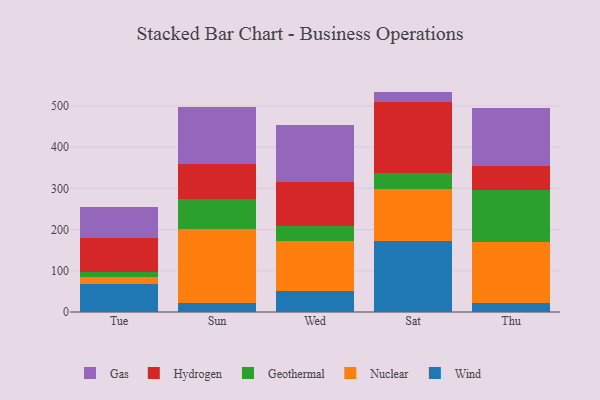
{"axis": {"x": "Day", "y": "Waste Production (Tons)"}, "legend": ["Gas", "Geothermal", "Hydrogen", "Nuclear", "Wind"], "data": [{"x": "Tue", "y": 68.8, "type": "Wind"}, {"x": "Tue", "y": 16.8, "type": "Nuclear"}, {"x": "Tue", "y": 12.4, "type": "Geothermal"}, {"x": "Tue", "y": 82.5, "type": "Hydrogen"}, {"x": "Tue", "y": 74.5, "type": "Gas"}, {"x": "Sun", "y": 22.7, "type": "Wind"}, {"x": "Sun", "y": 177.4, "type": "Nuclear"}, {"x": "Sun", "y": 74.2, "type": "Geothermal"}, {"x": "Sun", "y": 85.4, "type": "Hydrogen"}, {"x": "Sun", "y": 138.2, "type": "Gas"}, {"x": "Wed", "y": 50.2, "type": "Wind"}, {"x": "Wed", "y": 123.1, "type": "Nuclear"}, {"x": "Wed", "y": 35.0, "type": "Geothermal"}, {"x": "Wed", "y": 107.8, "type": "Hydrogen"}, {"x": "Wed", "y": 137.5, "type": "Gas"}, {"x": "Sat", "y": 172.8, "type": "Wind"}, {"x": "Sat", "y": 125.6, "type": "Nuclear"}, {"x": "Sat", "y": 39.0, "type": "Geothermal"}, {"x": "Sat", "y": 172.2, "type": "Hydrogen"}, {"x": "Sat", "y": 24.9, "type": "Gas"}, {"x": "Thu", "y": 21.2, "type": "Wind"}, {"x": "Thu", "y": 148.6, "type": "Nuclear"}, {"x": "Thu", "y": 126.2, "type": "Geothermal"}, {"x": "Thu", "y": 57.6, "type": "Hydrogen"}, {"x": "Thu", "y": 142.1, "type": "Gas"}]}